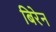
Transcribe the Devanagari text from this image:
बिरेन